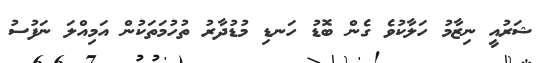
ޝަރުއީ ނިޒާމު ހަލާކުވެ ގެން ބޮޑު ހަނޑި މުޑުދާރު ތުހުމަތަކުން އަމިއްލަ ނަފުސު